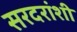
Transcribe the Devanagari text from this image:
सरदरांशी